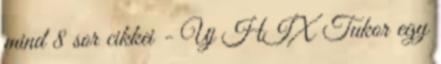
mind 8 sor cikkei - Uj HIX Tukor egy